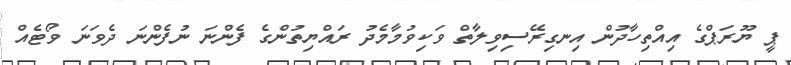
ޕީ ޔޫރަޕްގެ އިއްތިހާދުން އިނގިރޭސިވިލާތް ވަކިވުމާމެދު ރައްޔިތުންގެ ފެންނަ ނުފެންނަ ދެވަނަ ވޯޓެއް